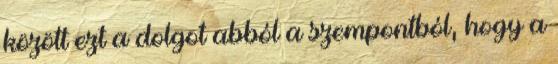
között ezt a dolgot abból a szempontból, hogy a